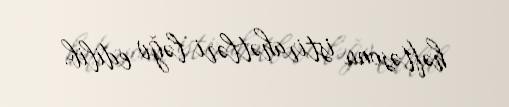
həftəsonu istirahətləri ləğv edilib.